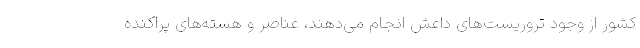
کشور از وجود تروریست‌های داعش انجام می‌دهند، عناصر و هسته‌های پراکنده